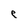
Character: e